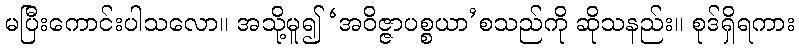
မပြီးကောင်းပါသလော။ အသို့မူ၍ ‘အဝိဇ္ဇာပစ္စယာ’စသည်ကို ဆိုသနည်း။ စုဒ်ရှိရကား